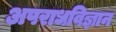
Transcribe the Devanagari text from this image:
अपराधविज्ञान